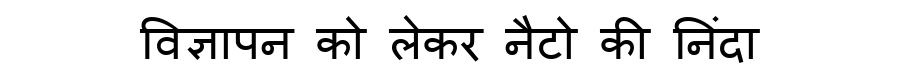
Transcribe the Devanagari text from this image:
विज्ञापन को लेकर नैटो की निंदा